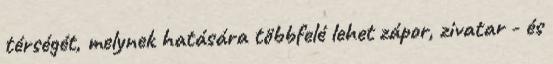
térségét, melynek hatására többfelé lehet zápor, zivatar - és